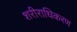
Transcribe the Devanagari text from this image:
शरीराधिकरण